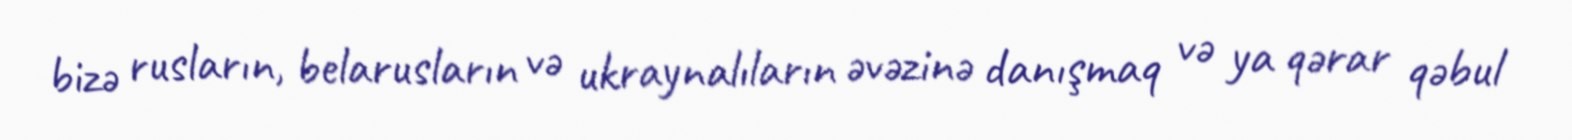
bizə rusların, belarusların və ukraynalıların əvəzinə danışmaq və ya qərar qəbul